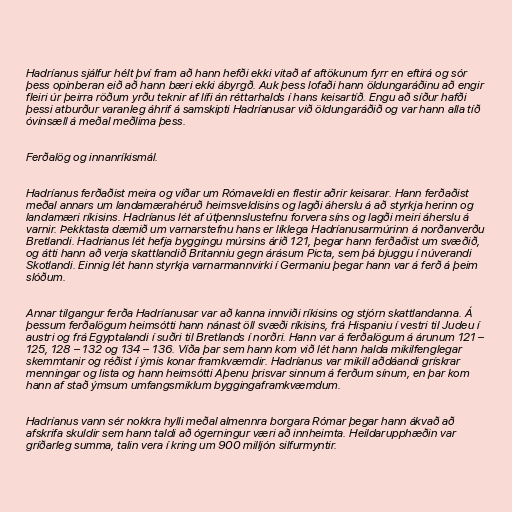
Hadríanus sjálfur hélt því fram að hann hefði ekki vitað af aftökunum fyrr en eftirá og sór
þess opinberan eið að hann bæri ekki ábyrgð. Auk þess lofaði hann öldungaráðinu að engir
fleiri úr þeirra röðum yrðu teknir af lífi án réttarhalds í hans keisartíð. Engu að síður hafði
þessi atburður varanleg áhrif á samskipti Hadríanusar við öldungaráðið og var hann alla tíð
óvinsæll á meðal meðlima þess.

Ferðalög og innanríkismál.

Hadríanus ferðaðist meira og víðar um Rómaveldi en flestir aðrir keisarar. Hann ferðaðist
meðal annars um landamærahéruð heimsveldisins og lagði áherslu á að styrkja herinn og
landamæri ríkisins. Hadríanus lét af útþennslustefnu forvera síns og lagði meiri áherslu á
varnir. Þekktasta dæmið um varnarstefnu hans er líklega Hadríanusarmúrinn á norðanverðu
Bretlandi. Hadrianus lét hefja byggingu múrsins árið 121, þegar hann ferðaðist um svæðið,
og átti hann að verja skattlandið Britanniu gegn árásum Picta, sem þá bjuggu í núverandi
Skotlandi. Einnig lét hann styrkja varnarmannvirki í Germaniu þegar hann var á ferð á þeim
slóðum.

Annar tilgangur ferða Hadríanusar var að kanna innviði ríkisins og stjórn skattlandanna. Á
þessum ferðalögum heimsótti hann nánast öll svæði ríkisins, frá Hispaniu í vestri til Judeu í
austri og frá Egyptalandi í suðri til Bretlands í norðri. Hann var á ferðalögum á árunum 121 –
125, 128 – 132 og 134 – 136. Víða þar sem hann kom við lét hann halda mikilfenglegar
skemmtanir og réðist í ýmis konar framkvæmdir. Hadríanus var mikill aðdáandi grískrar
menningar og lista og hann heimsótti Aþenu þrisvar sinnum á ferðum sínum, en þar kom
hann af stað ýmsum umfangsmiklum byggingaframkvæmdum.

Hadríanus vann sér nokkra hylli meðal almennra borgara Rómar þegar hann ákvað að
afskrifa skuldir sem hann taldi að ógerningur væri að innheimta. Heildarupphæðin var
gríðarleg summa, talin vera í kring um 900 milljón silfurmyntir.